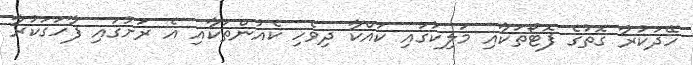
ހޭދަކުރާ ގޮތުގެ ފޮޓޯތަކާއި މަލިކުގައި ކައްކާ ދިވެހި ކެއުންތަކާއި އެ ރަށުގައި ފާހަގަކުރާ